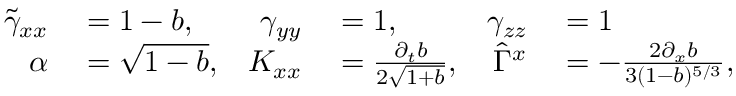
\begin{array} { r l r l r l } { \tilde { \gamma } _ { x x } } & { { } = 1 - b , } & { \gamma _ { y y } } & { { } = 1 , } & { \gamma _ { z z } } & { { } = 1 } \\ { \alpha } & { { } = \sqrt { 1 - b } , } & { K _ { x x } } & { { } = \frac { \partial _ { t } b } { 2 \sqrt { 1 + b } } , } & { \hat { \Gamma } ^ { x } } & { { } = - \frac { 2 \partial _ { x } b } { 3 ( 1 - b ) ^ { 5 / 3 } } , } \end{array}